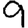
Digit: 9